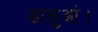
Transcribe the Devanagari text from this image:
ढालुआं।